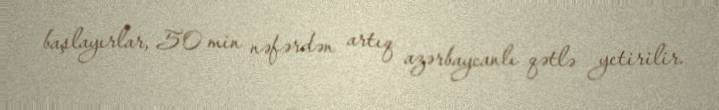
başlayırlar, 50 min nəfərdən artıq azərbaycanlı qətlə yetirilir.